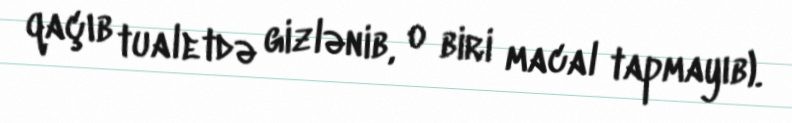
qaçıb tualetdə gizlənib, o biri macal tapmayıb).